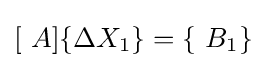
[\ A]\{\Delta X_{1}\}=\{\ B_{1}\}